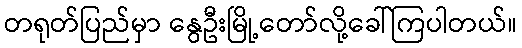
တရုတ်ပြည်မှာ နွေဦးမြို့တော်လို့ခေါ်ကြပါတယ်။